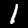
Label: 1